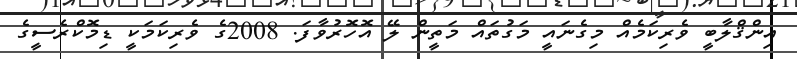
އިންޤްލާބީ ވެރިކަމެއް މިގެނައީ މަގުތައް މަތީން ލޭ އޮހޮރުވާފަ. 2008ގެ ވެރިކަމަކީ ޑިމޮކްރެސީގެ